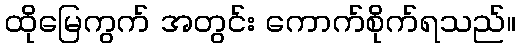
ထိုမြေကွက် အတွင်း ကောက်စိုက်ရသည်။